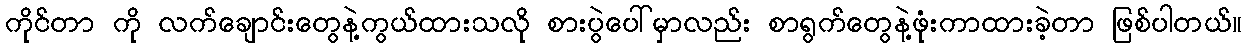
ကိုင်တာ ကို လက်ချောင်းတွေနဲ့ကွယ်ထားသလို စားပွဲပေါ်မှာလည်း စာရွက်တွေနဲ့ဖုံးကာထားခဲ့တာ ဖြစ်ပါတယ်။